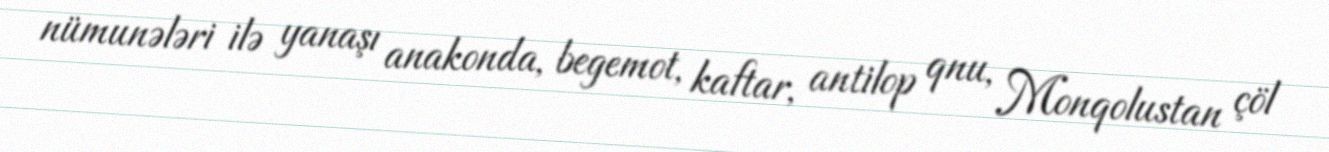
nümunələri ilə yanaşı anakonda, begemot, kaftar, antilop qnu, Monqolustan çöl